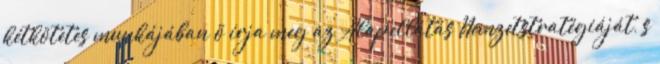
kétkötetes munkájában õ írja meg az Alapellátás Nemzetstratégiáját, s